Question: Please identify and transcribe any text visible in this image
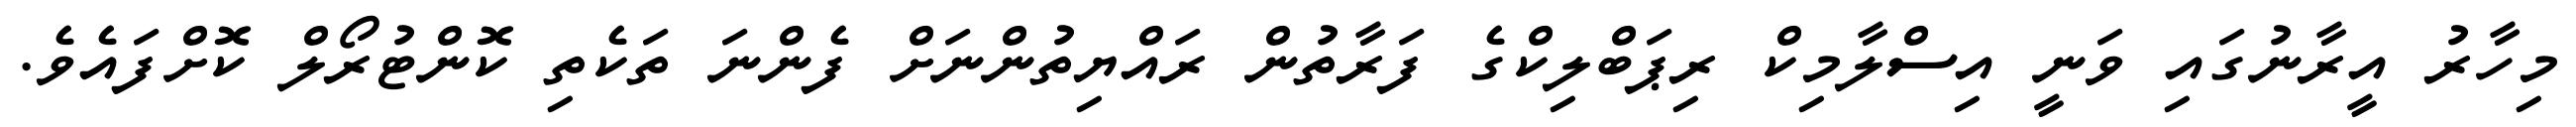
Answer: މިހާރު އީރާނުގައި ވަނީ އިސްލާމިކް ރިޕަބްލިކްގެ ފަރާތުން ރައްޔިތުންނަށް ފެންނަ ތަކެތި ކޮންޓުރޯލް ކޮށްފައެވެ.